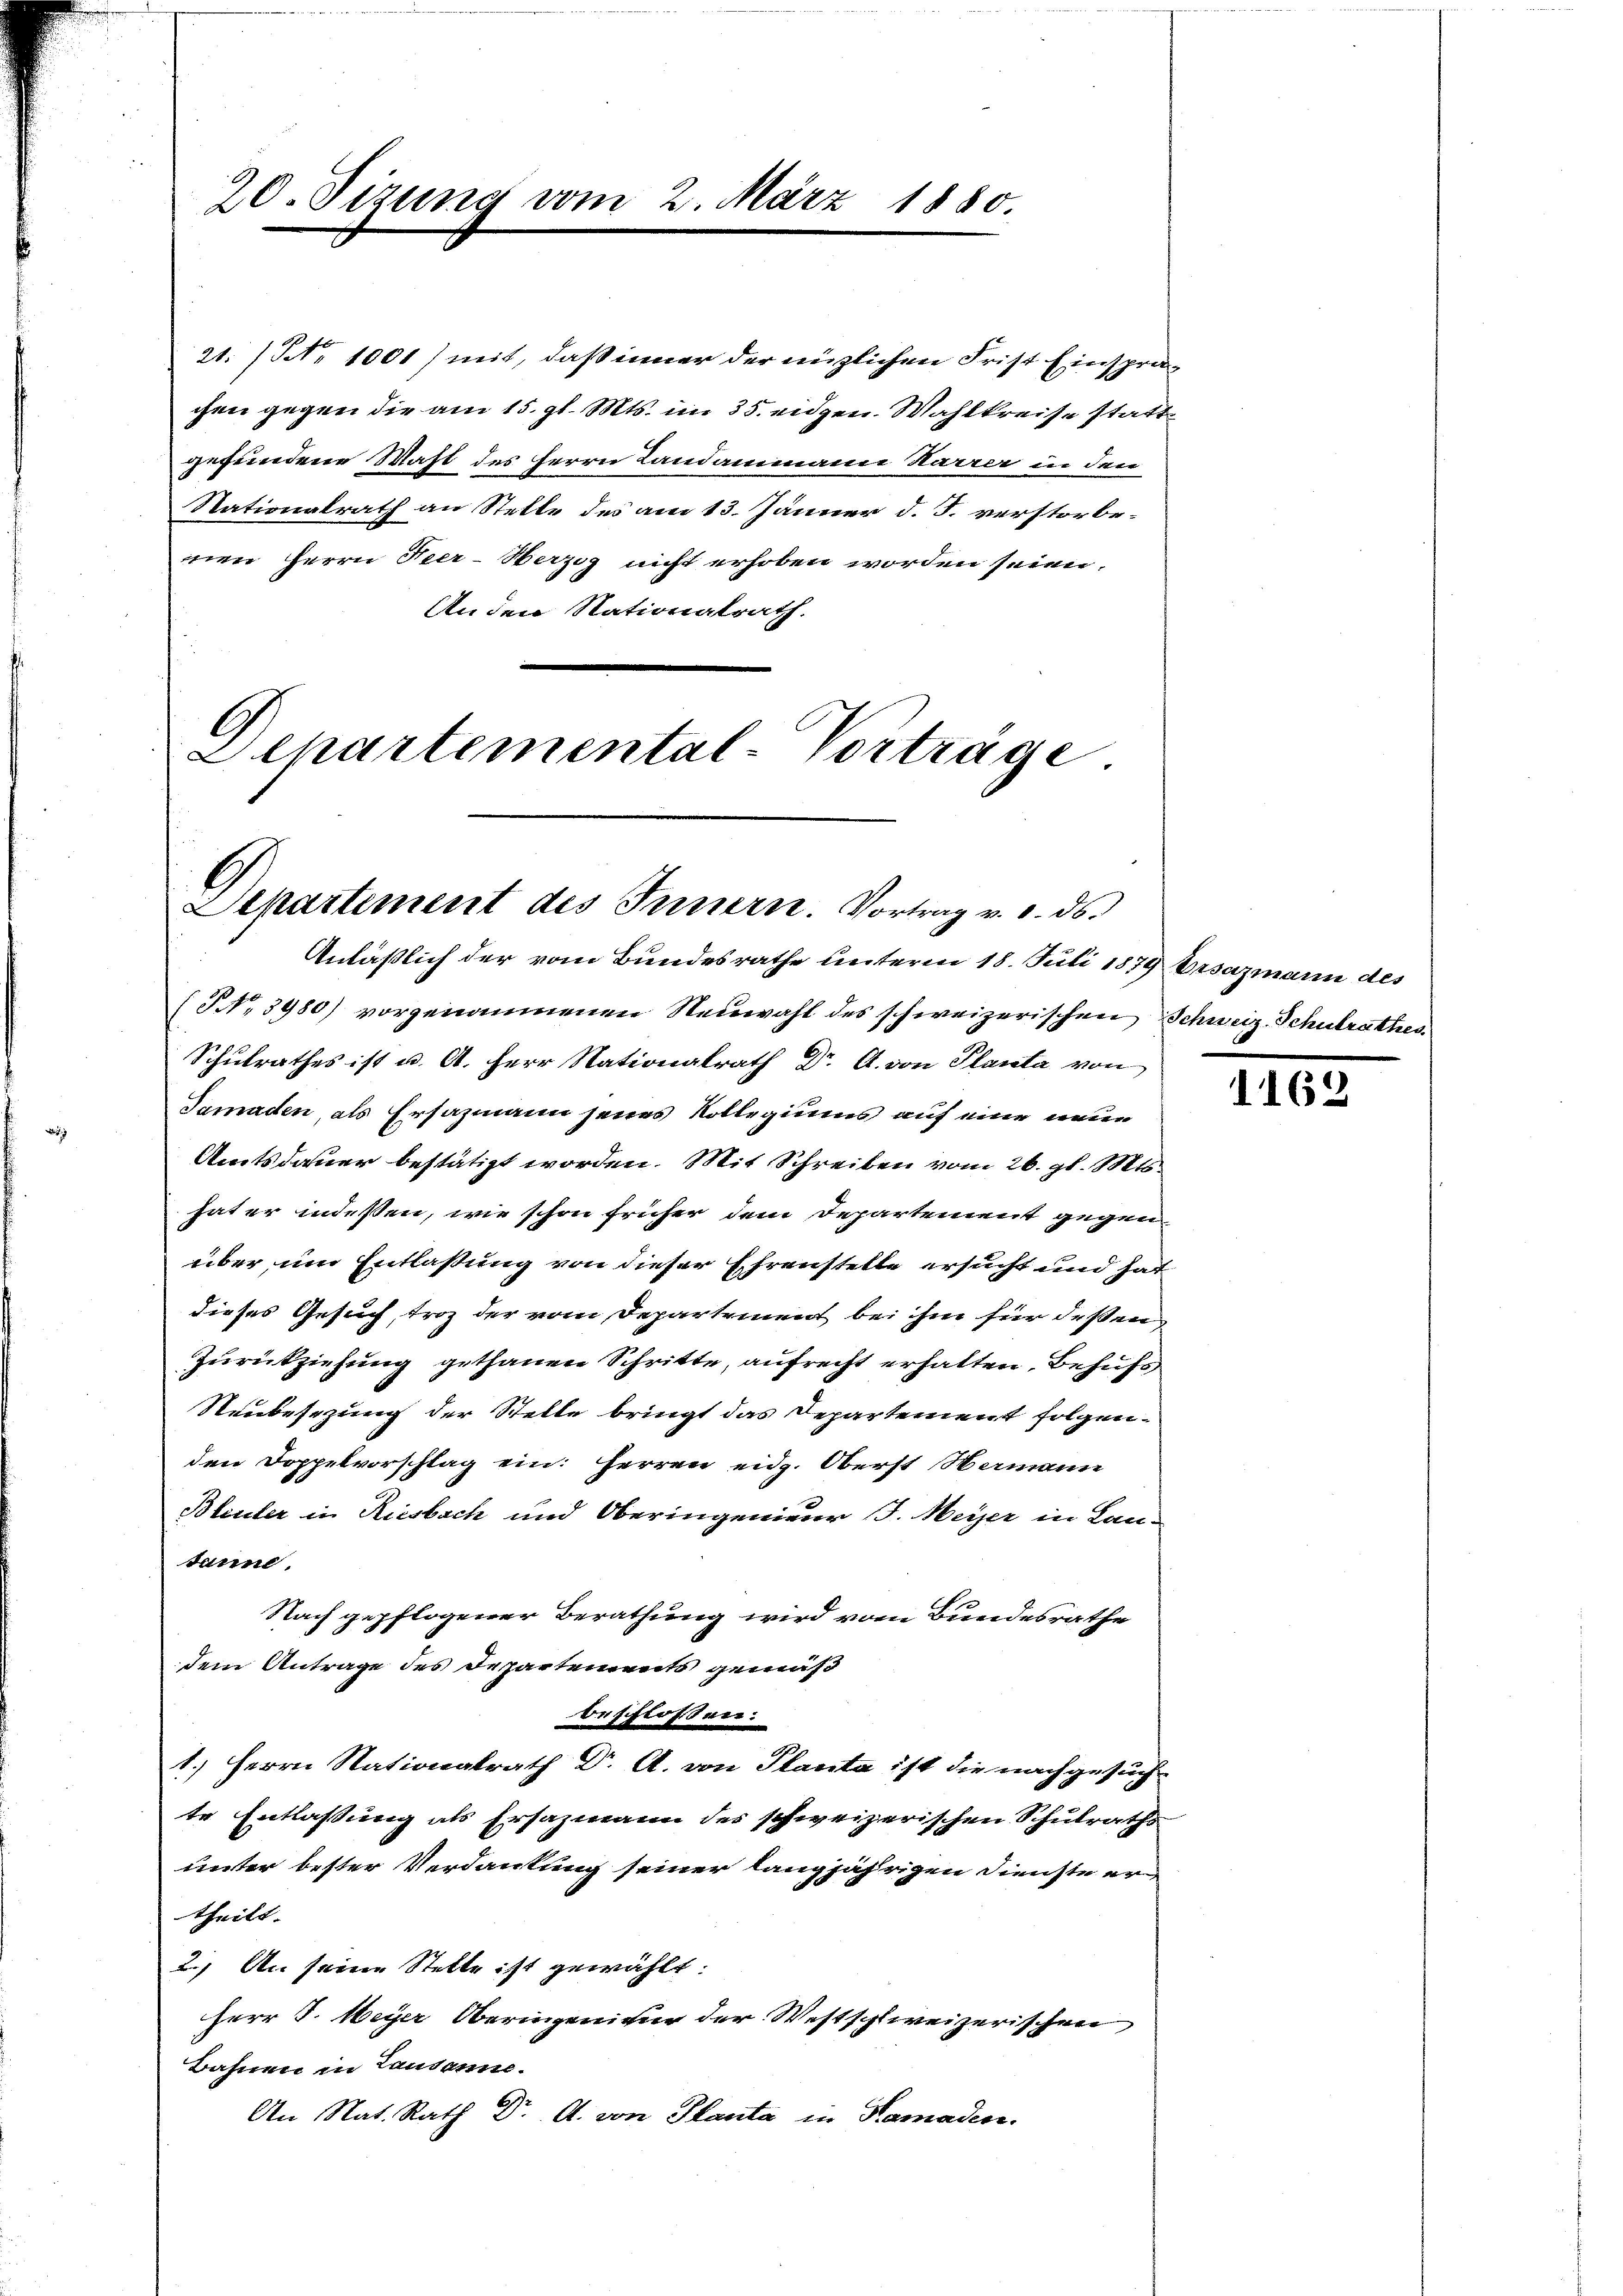
20. Sizung vom 2. März 1880.

21. No 1001) mit, daß inner der nüzlichen Frist Einsprachen gegen die am 15. gl. Mts. im 35. eidgen. Wahlkreise statt
gefundene Mast des Herrn Landammann Karrer in den
Nationalrath an Stelle des am 13. Jänner d. J. verstorbe-
nen Herrn Neer-Herzig nicht erhoben worden seien.
An den Nationalrath.
Departemental-Vorträge

Departement des Innern. Vortrag v. 3. ds.

Anläßlich der vom Bundesrathe unterm 18. Juli 1879 bisazmann des
(NNo. 3980) vorgenommenen Neuwahl des schweizerischen Schweiz Schulrathes
Schulrathes ist u. A. Herr Nationalrath Dr A. von Planta von
Tamaden, als Ersazmann seines Kollegiums auf eine neuen
Amtsdauer bestätigt worden. Mit Schreiben vom 26. gl. Mts.
hat er indessen, wie schon früher dem Departement gegen
über um Entlaßung von dieser Ehrenstelle ersucht und hat
dieses Gesuch, troz der vom Departement bei ihm für deßen
Zurückziehung gethanen Schritte, aufrecht erhalten, Behufs
Neubesezung der Stelle bringt das Departement folgenden Doppelvorschlag ein: Herren eidg. Oberst Namann
Bleuler in Riesbach und Oberingenieur J. Meier in Lantanne.
Nach gepflogener Berathung wird vom Bundesrathe
dem Antrage des Departements gemäß
beschlossen.
1.) Herrn Nationalrath Dr. A. von Planta ist die nachgesuch
te Entlaßung als Ersazmann der schweizerischen Schulraths
unter bester Verdankung seiner langjährigen Dienste ertheilt.
2.) An seine Stelle ist gewählt:
Herr J. Weyer Oberingenitur der Westschweizerischen
Bahnen in Lausanne.
An Nat. Rath Dr A. von Planta in Ramaden.

1162